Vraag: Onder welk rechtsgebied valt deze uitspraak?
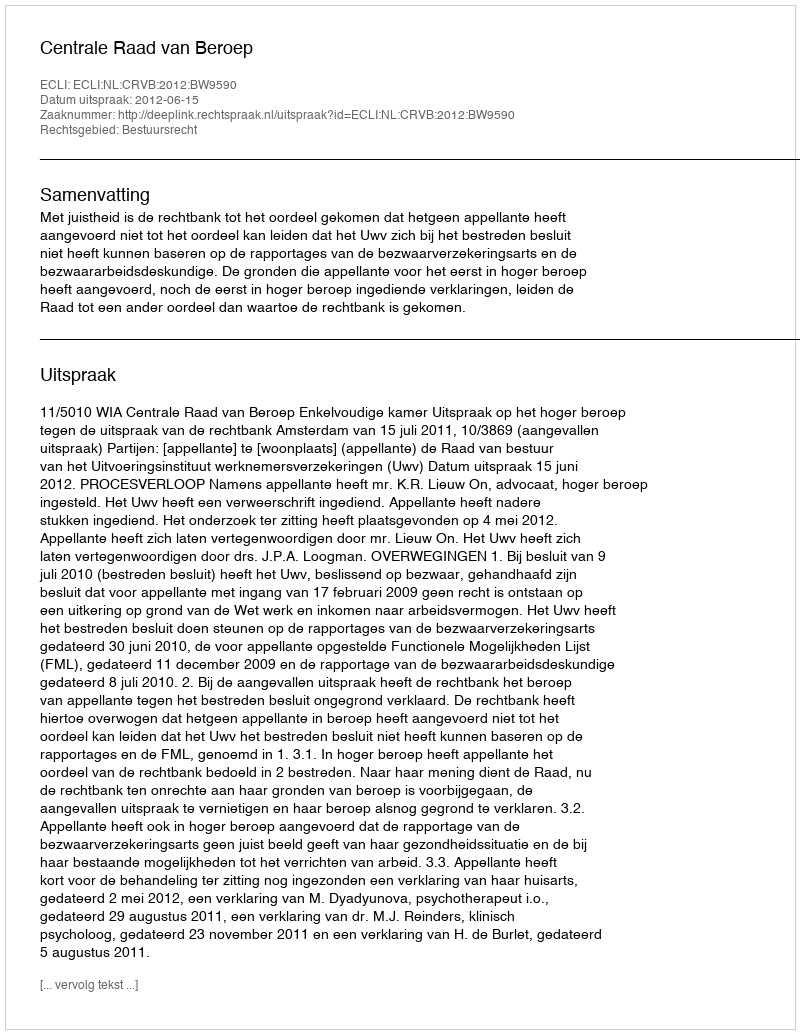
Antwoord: Bestuursrecht